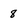
Character: 8